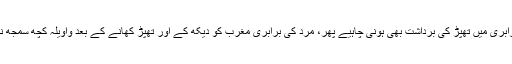
میڈم برابری میں تھپڑ کی برداشت بھی ہونی چاہیے پھر، مرد کی برابری مغرب کو دیکھ کے اور تھپڑ کھانے کے بعد واویلہ کچھ سمجھ نہیں آیا۔